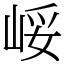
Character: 㟎